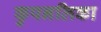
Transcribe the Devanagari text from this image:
कुपनलिका